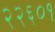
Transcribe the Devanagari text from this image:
२२६०१